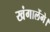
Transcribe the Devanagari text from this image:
खंगालेंगे।